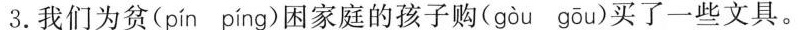
3.我们为贫( pín píng )困家庭的孩子购( gòu gōu )买了一些文具。